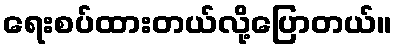
ရေးစပ်ထားတယ်လို့ပြောတယ်။